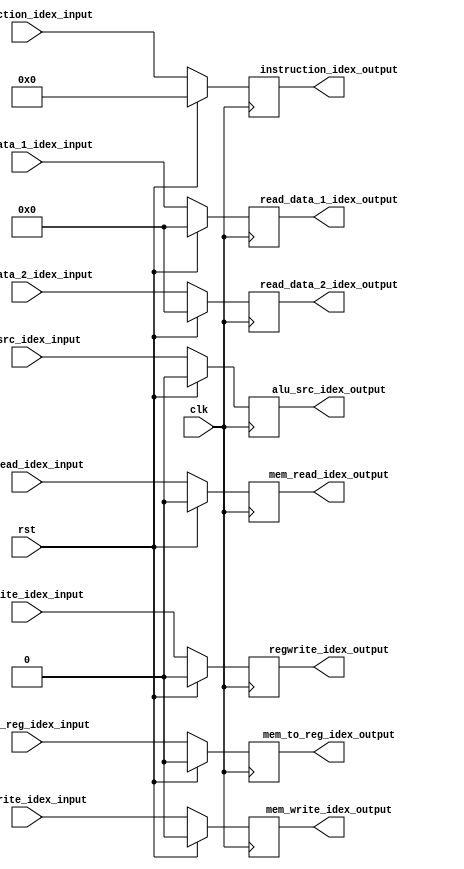
// =============================================================================
// -----------------------------------------------------------------------------
// This file include the ID/EX pipline register for RISC.
// =============================================================================
`timescale 1ns / 1ps

module idex(
	output reg regwrite_idex_output,
	output reg mem_read_idex_output,
	output reg mem_write_idex_output,
	output reg mem_to_reg_idex_output,
	output reg alu_src_idex_output,
	output reg [7:0] read_data_1_idex_output,
	output reg [7:0] read_data_2_idex_output,
	output reg [15:0] instruction_idex_output,
	
	input wire regwrite_idex_input,
	input wire mem_read_idex_input,
	input wire mem_write_idex_input,
	input wire mem_to_reg_idex_input,
	input wire alu_src_idex_input,
	input wire [7:0] read_data_1_idex_input,
	input wire [7:0] read_data_2_idex_input,
	input wire [15:0] instruction_idex_input,
	input wire rst,
	input wire clk
);

always@(posedge clk)begin
	if(rst)begin
		regwrite_idex_output <= 1'b0;
		mem_read_idex_output <= 1'b0;
		mem_write_idex_output <= 1'b0;
		mem_to_reg_idex_output <= 1'b0;
		alu_src_idex_output <= 1'b0;
		read_data_1_idex_output <= 8'b0000_0000;
		read_data_2_idex_output <= 8'b0000_0000;
		instruction_idex_output <= 16'b0000_0000_0000_0000;
	end else begin
		regwrite_idex_output <= regwrite_idex_input;
		mem_read_idex_output <= mem_read_idex_input;
		mem_write_idex_output <= mem_write_idex_input;
		mem_to_reg_idex_output <= mem_to_reg_idex_input;
		alu_src_idex_output <= alu_src_idex_input;
		read_data_1_idex_output <= read_data_1_idex_input;
		read_data_2_idex_output <= read_data_2_idex_input;
		instruction_idex_output <= instruction_idex_input;
	end
end

endmodule